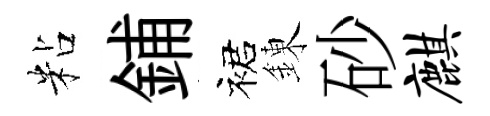
粘鋪裙錬砂麒